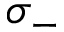
\sigma _ { - }